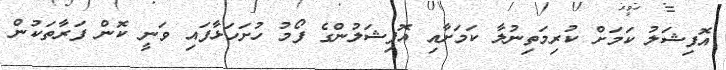
އޮފިޝަލު ކަމަށް ކުރިމަތިނުލާ ކަމަށާއި އޮފިޝަލުންގެ ފޯމު ހުށަހަޅާފައި ވަނީ ކޮން ފަރާތަކުން